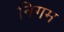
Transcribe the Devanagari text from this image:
निगम